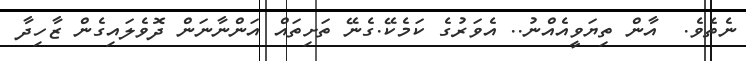
ނެތެވެ.  އާން ތިޔަވީއެއްނު.. އެވަރުގެ ކަމެކޭ.ގެނޭ ތަށިތައް އަންނާނަން ދޮވެލައިގެން ޒާހިދާ